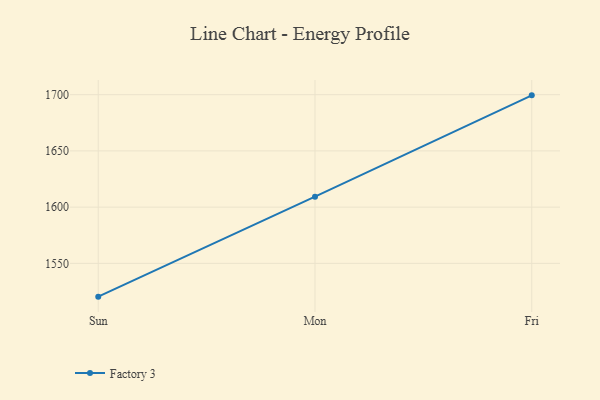
{"axis": {"x": "Day", "y": "Production Output"}, "legend": ["Factory 3"], "data": [{"x": "Sun", "y": 1520.4, "type": "Factory 3"}, {"x": "Mon", "y": 1609.3, "type": "Factory 3"}, {"x": "Fri", "y": 1699.4, "type": "Factory 3"}]}